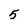
Character: 5